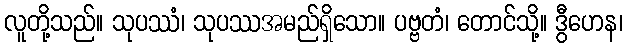
လူတို့သည်။ သုပဿံ၊ သုပဿအမည်ရှိသော။ ပဗ္ဗတံ၊ တောင်သို့။ ဒွီဟေန၊